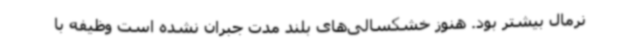
نرمال بیشتر بود. هنوز خشکسالی‌های بلند مدت جبران نشده است وظیفه با